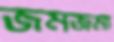
জমজমা